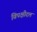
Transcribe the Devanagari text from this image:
विपक्षीदल